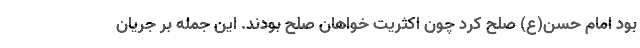
بود امام حسن(ع) صلح کرد چون اکثریت خواهان صلح بودند. این جمله بر جریان